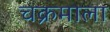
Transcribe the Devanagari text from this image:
चक्रमाला